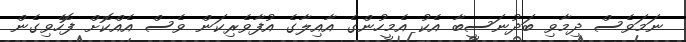
ނަމަވެސް ދިމާވި ބަދުނަސީބާ އެކު އެމީހުންގެ އާއިލާގެ އުފާވެރިކަން ވެސް އެއްކޮށް ފޮހެވިގެން